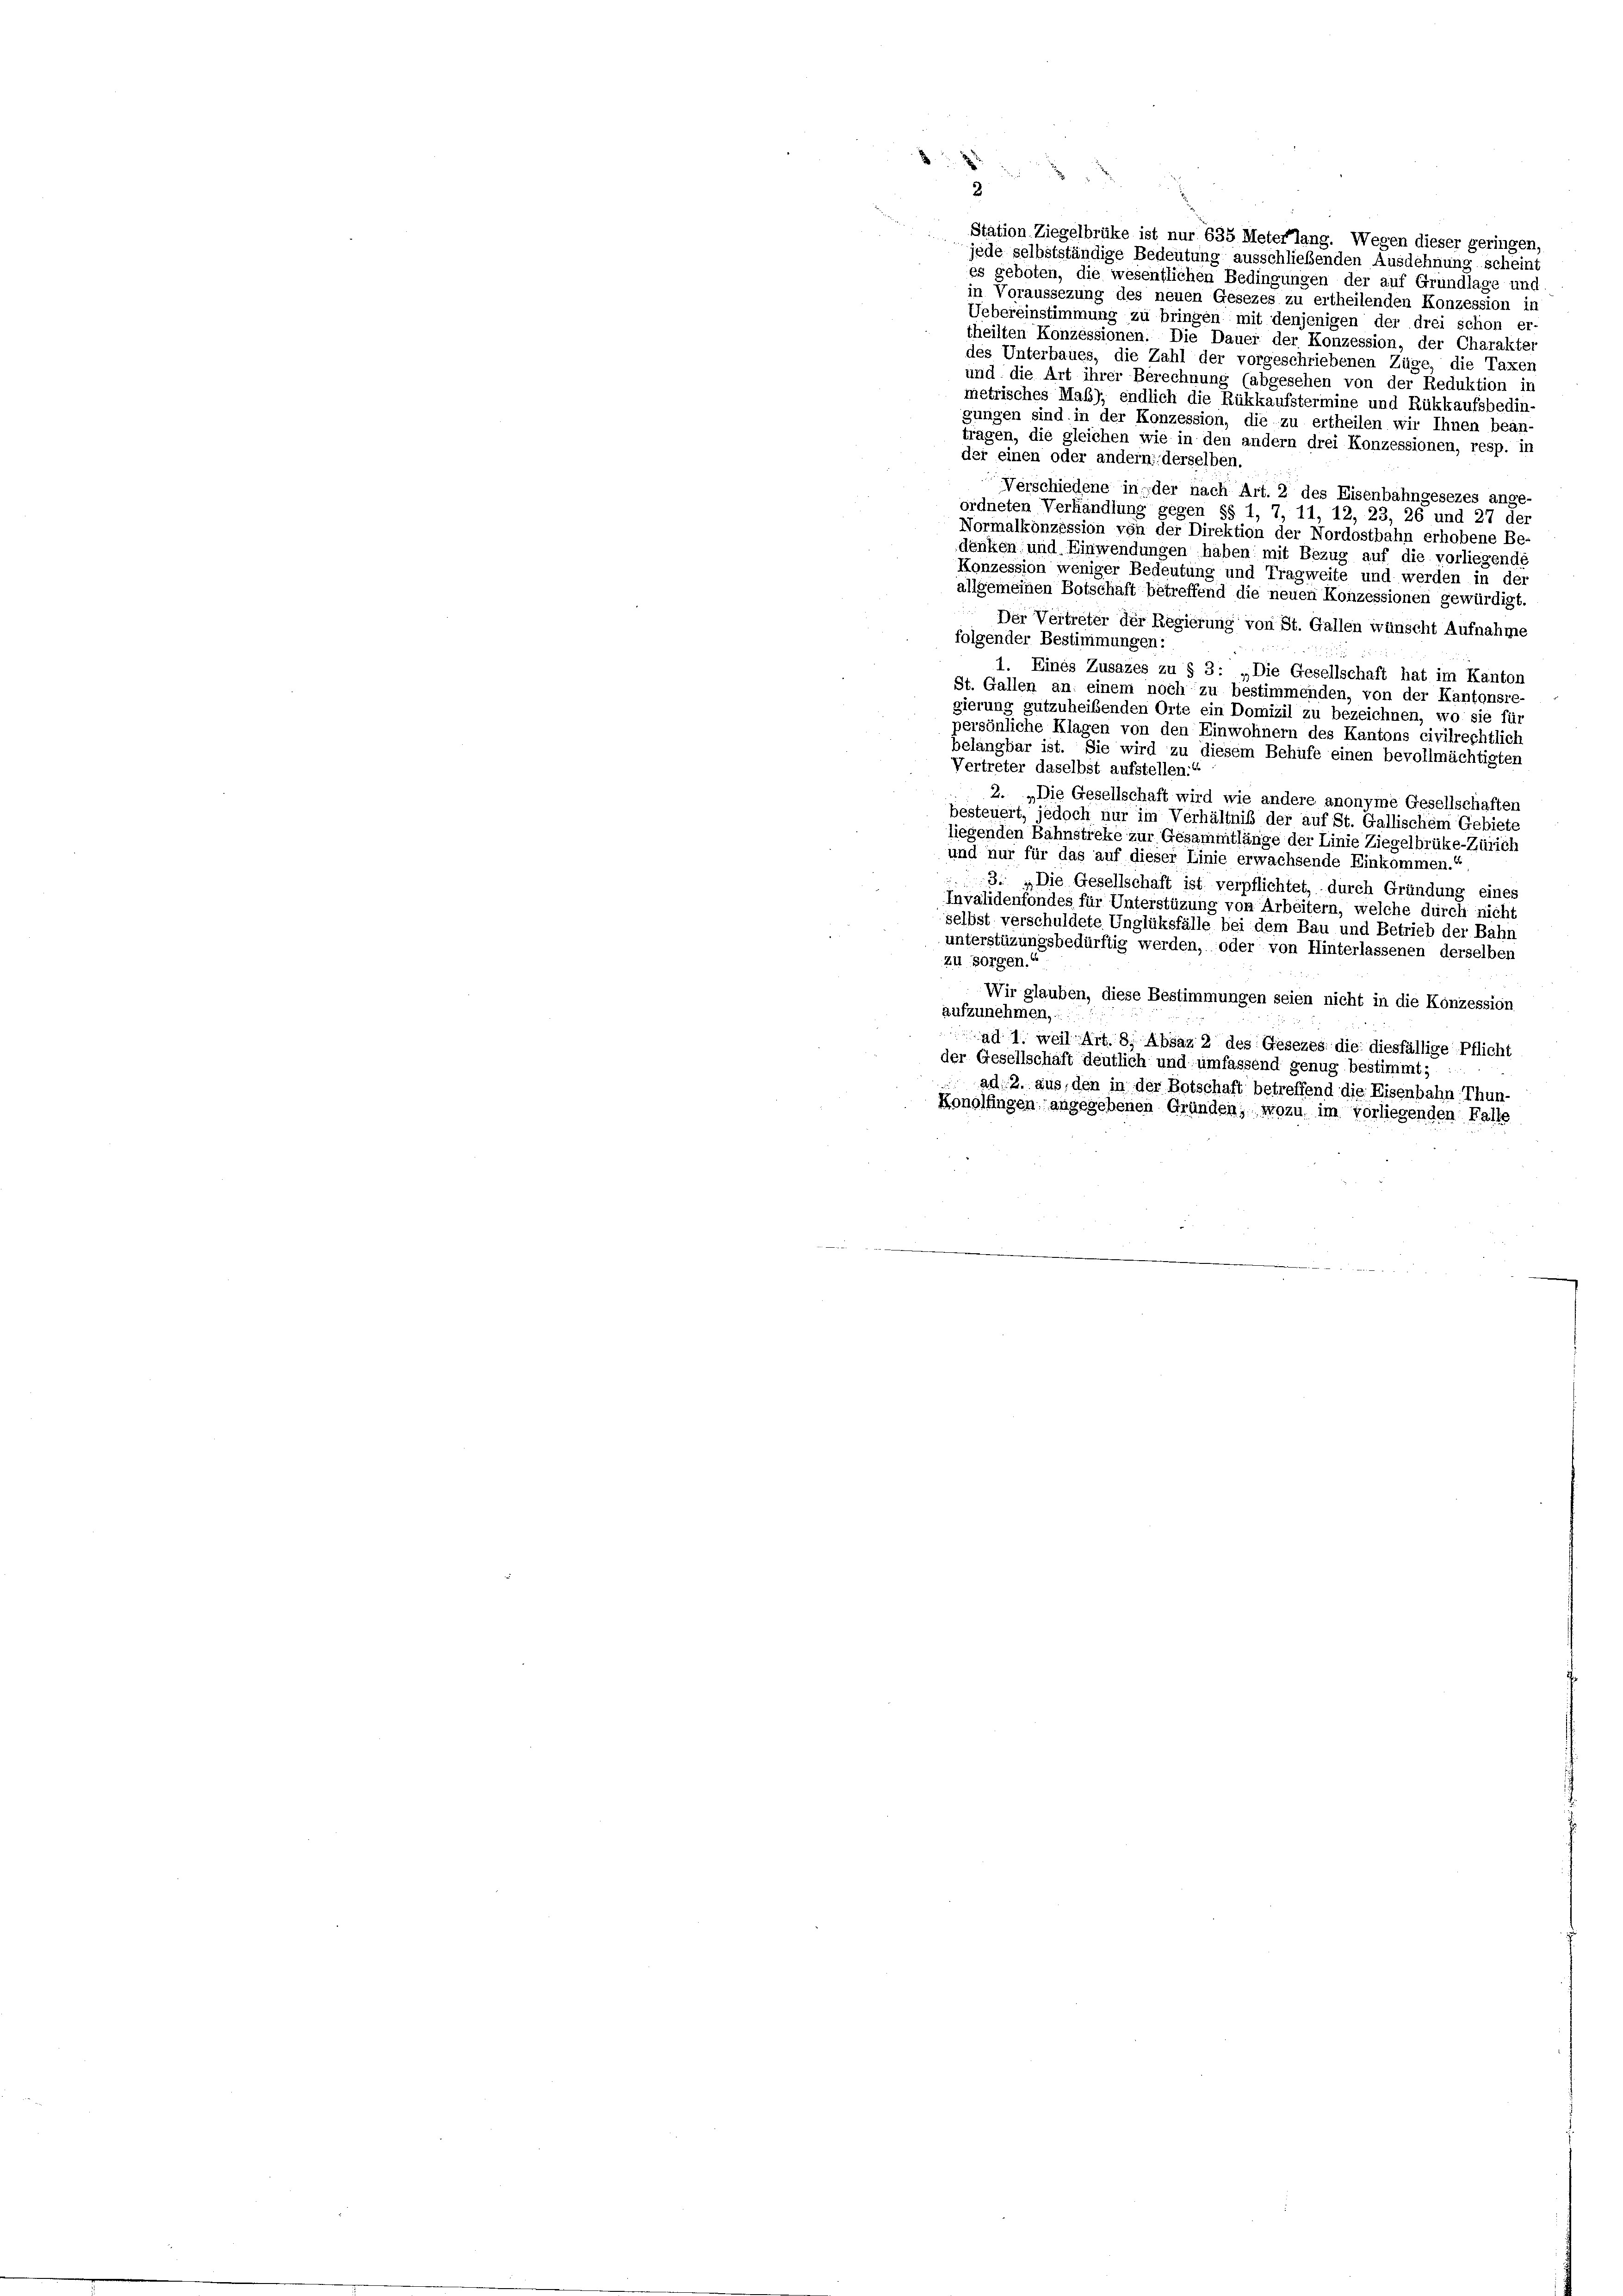
22

e
2
Station Ziegelbrüke ist nur 635 Meterlang. Wegen dieser geringen,
jede selbstständige Bedeutung ausschließenden Ausdehnung scheint
es geboten, die wesentlichen Bedingungen der auf Grundlage und
in Voraussezung des neuen Gesezes zu ertheilenden Konzession in
Uebereinstimmung zu bringen mit denjenigen der drei schon er
theilten Konzessionen. Die Dauer der Konzession, der Charakter
des Unterbaues, die Zahl der vorgeschriebenen Züge, die Taxen
und die Art ihrer Berechnung (abgesehen von der Reduktion in
metrisches Maß); endlich die Rükkaufstermine und Rükkaufsbedin
gungen sind in der Konzession, die zu ertheilen wir Ihnen bean-
trägen, die gleichen wie in den andern drei Konzessionen, resp. in
der einen oder andern derselben.
Verschiedene in der nach Art. 2 des Eisenbahngesezes ange-
ordneten Verhandlung gegen §§ 1, 7, 11, 12, 23, 26 und 27 der
Normalkonzession von der Direktion der Nordostbahn erhobene Be-
denken und Einwendungen haben mit Bezug auf die vorliegende
Konzession weniger Bedeutung und Tragweite und werden in der
allgemeinen Botschaft betreffend die neuen Konzessionen gewürdigt.
Der Vertreter der Regierung von St. Gallen wünscht Aufnahme
folgender Bestimmungen:
1. Eines Zusazes zu § 3: „Die Gesellschaft hat im Kanton
St. Gallen an einem noch zu bestimmenden, von der Kantonsre
gierung gutzuheibenden Orte ein Domizil zu bezeichnen, wo sie für
persönliche Klagen von den Einwohnern des Kantons civilrechtlich
belangbar ist. Sie wird zu diesem Behufe einen bevollmächtigten
Vertreter daselbst aufstellen.“
2. „Die Gesellschaft wird wie andere anonyme Gesellschaften
besteuert, jedoch nur im Verhältnis der auf St. Gallischem Gebiete
liegenden Bahnstreke zur Gesammtlänge der Linie Ziegelbrüke-Zürich
und nur für das auf dieser Linie erwachsende Einkommen.“
3: „Die Gesellschaft ist verpflichtet, durch Gründung eines
Invalidenfondes für Unterstüzung von Arbeitern, welche durch nicht
selbst verschuldete Unglüksfälle bei dem Bau und Betrieb der Bahn
unterstüzungsbedürftig werden, oder von Hinterlassenen derselben
zu sorgen.
Wir glauben, diese Bestimmungen seien nicht in die Konzession
aufzunehmen,
ad 1. weil Art. 8, Absaz 2 des Gesezes die diesfällige Pflicht
der Gesellschaft deutlich und umfassend genug bestimmt;
ad 2. aus, den in der Botschaft betreffend die Eisenbahn, Thun-
Konolfingen angegebenen Gründen; wozu im vorliegenden Falle